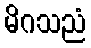
မိဂသညံ